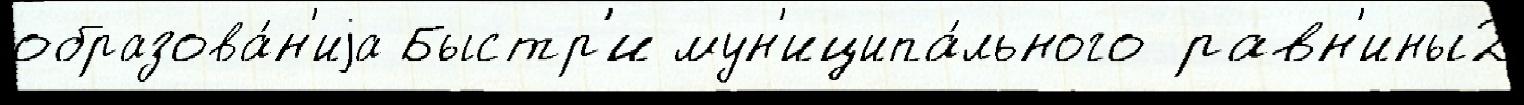
образова́н'иjа Быстр'и мун'иципа́льного равн'ины2